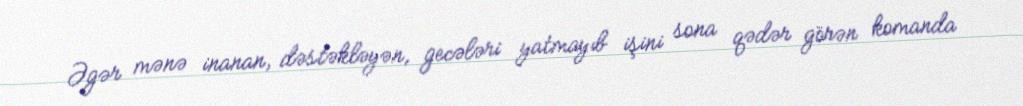
Əgər mənə inanan, dəstəkləyən, gecələri yatmayıb işini sona qədər görən komanda